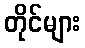
တိုင်များ